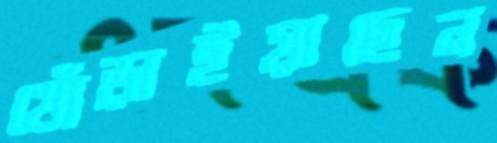
খোঁড়াইয়াছেন